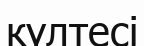
күлтесі